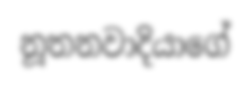
නූතනවාදියාගේ